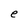
Character: e